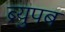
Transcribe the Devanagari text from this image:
ब्र्युपब